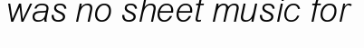
was no sheet music for